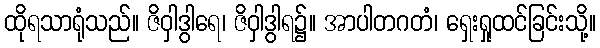
ထိုရသာရုံသည်။ ဇိဝှါဒွါရေ၊ ဇိဝှါဒွါရ၌။ အာပါတဂတံ၊ ရှေးရှုထင်ခြင်းသို့။